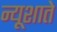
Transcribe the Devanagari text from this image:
न्यूशाते